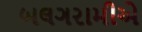
બલગરામીએ